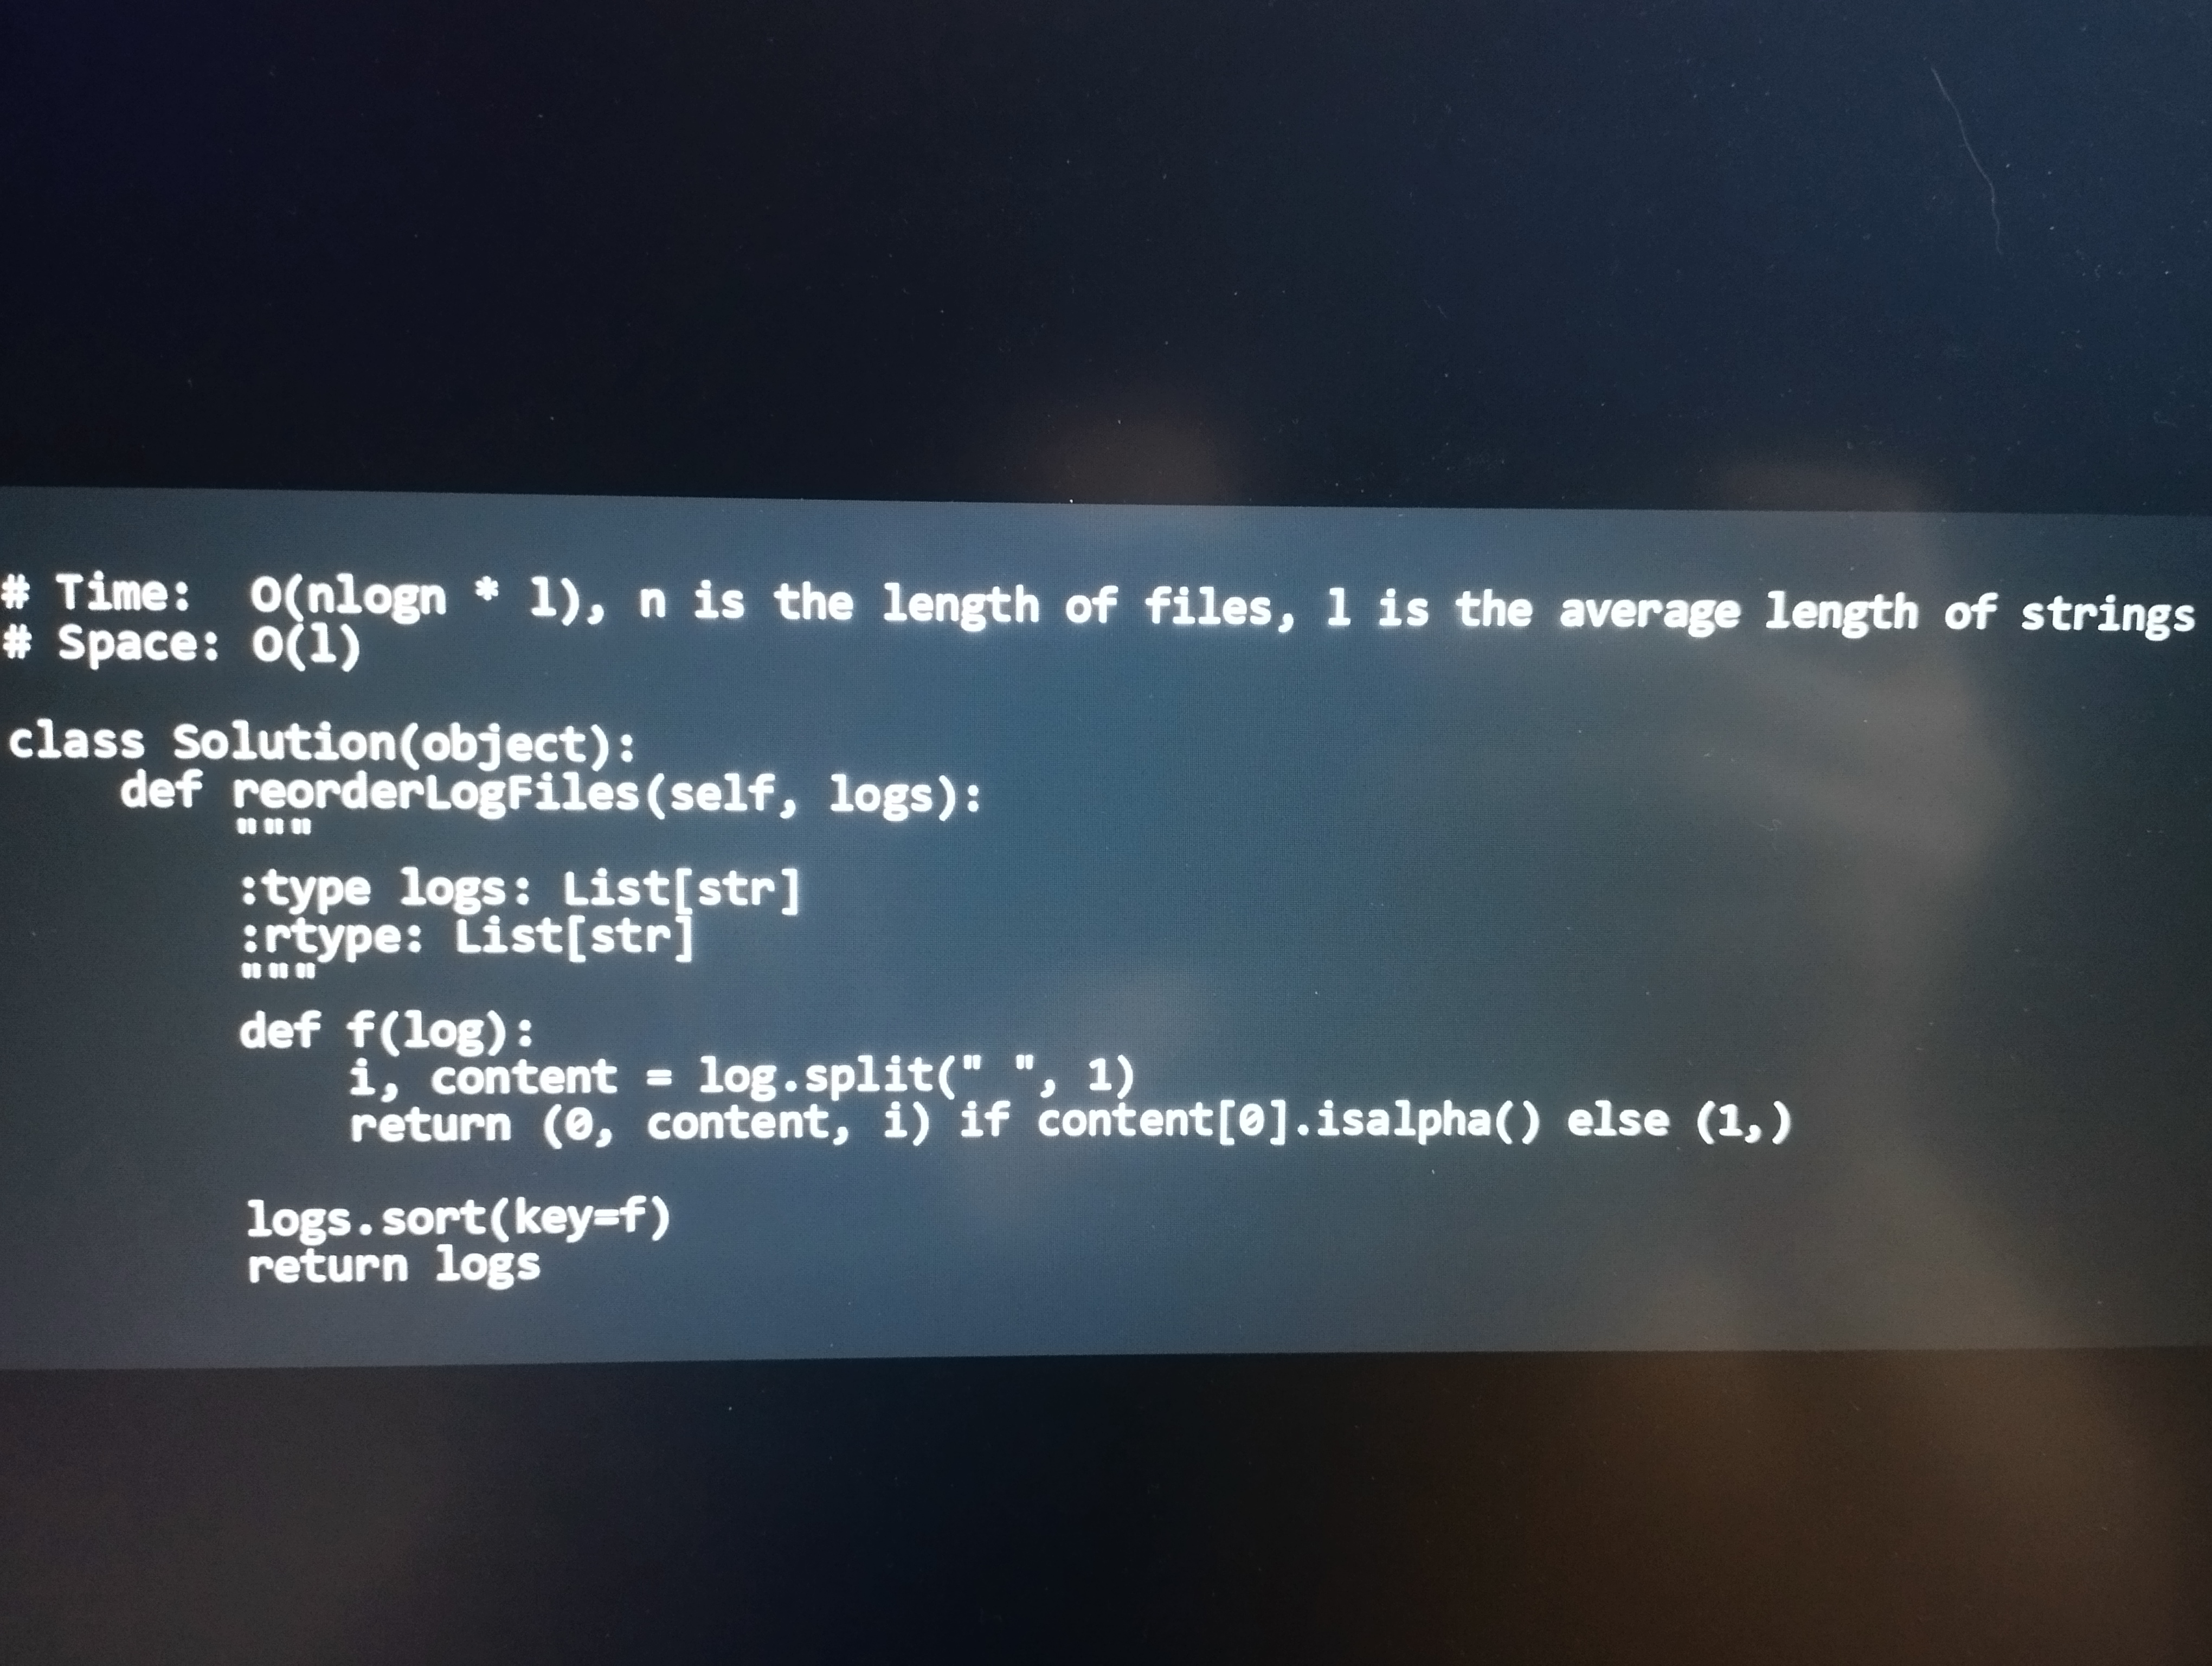
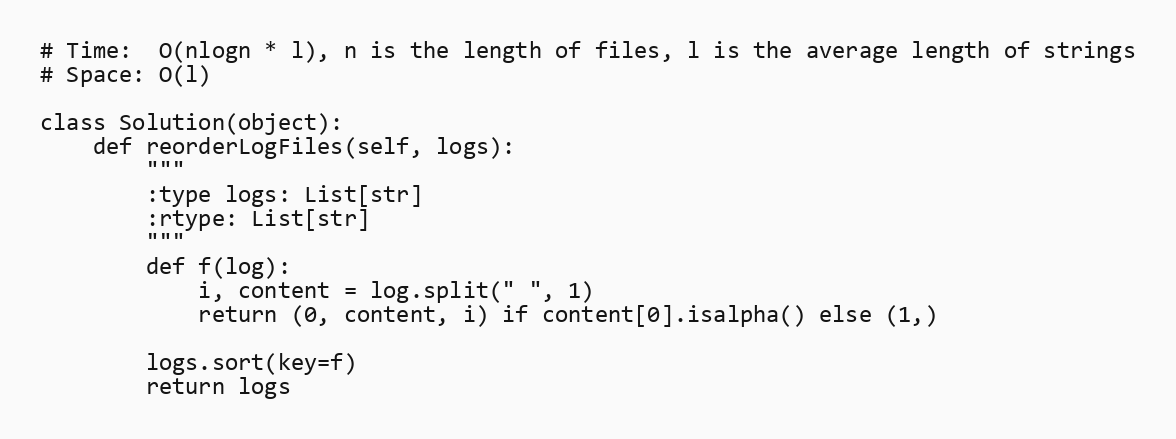
# Time:  O(nlogn * l), n is the length of files, l is the average length of strings
# Space: O(l)

class Solution(object):
    def reorderLogFiles(self, logs):
        """
        :type logs: List[str]
        :rtype: List[str]
        """
        def f(log):
            i, content = log.split(" ", 1)
            return (0, content, i) if content[0].isalpha() else (1,)

        logs.sort(key=f)
        return logs